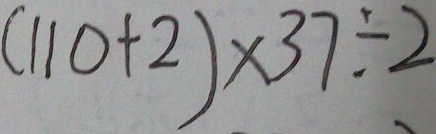
( 1 1 0 + 2 ) \times 3 7 \div 2